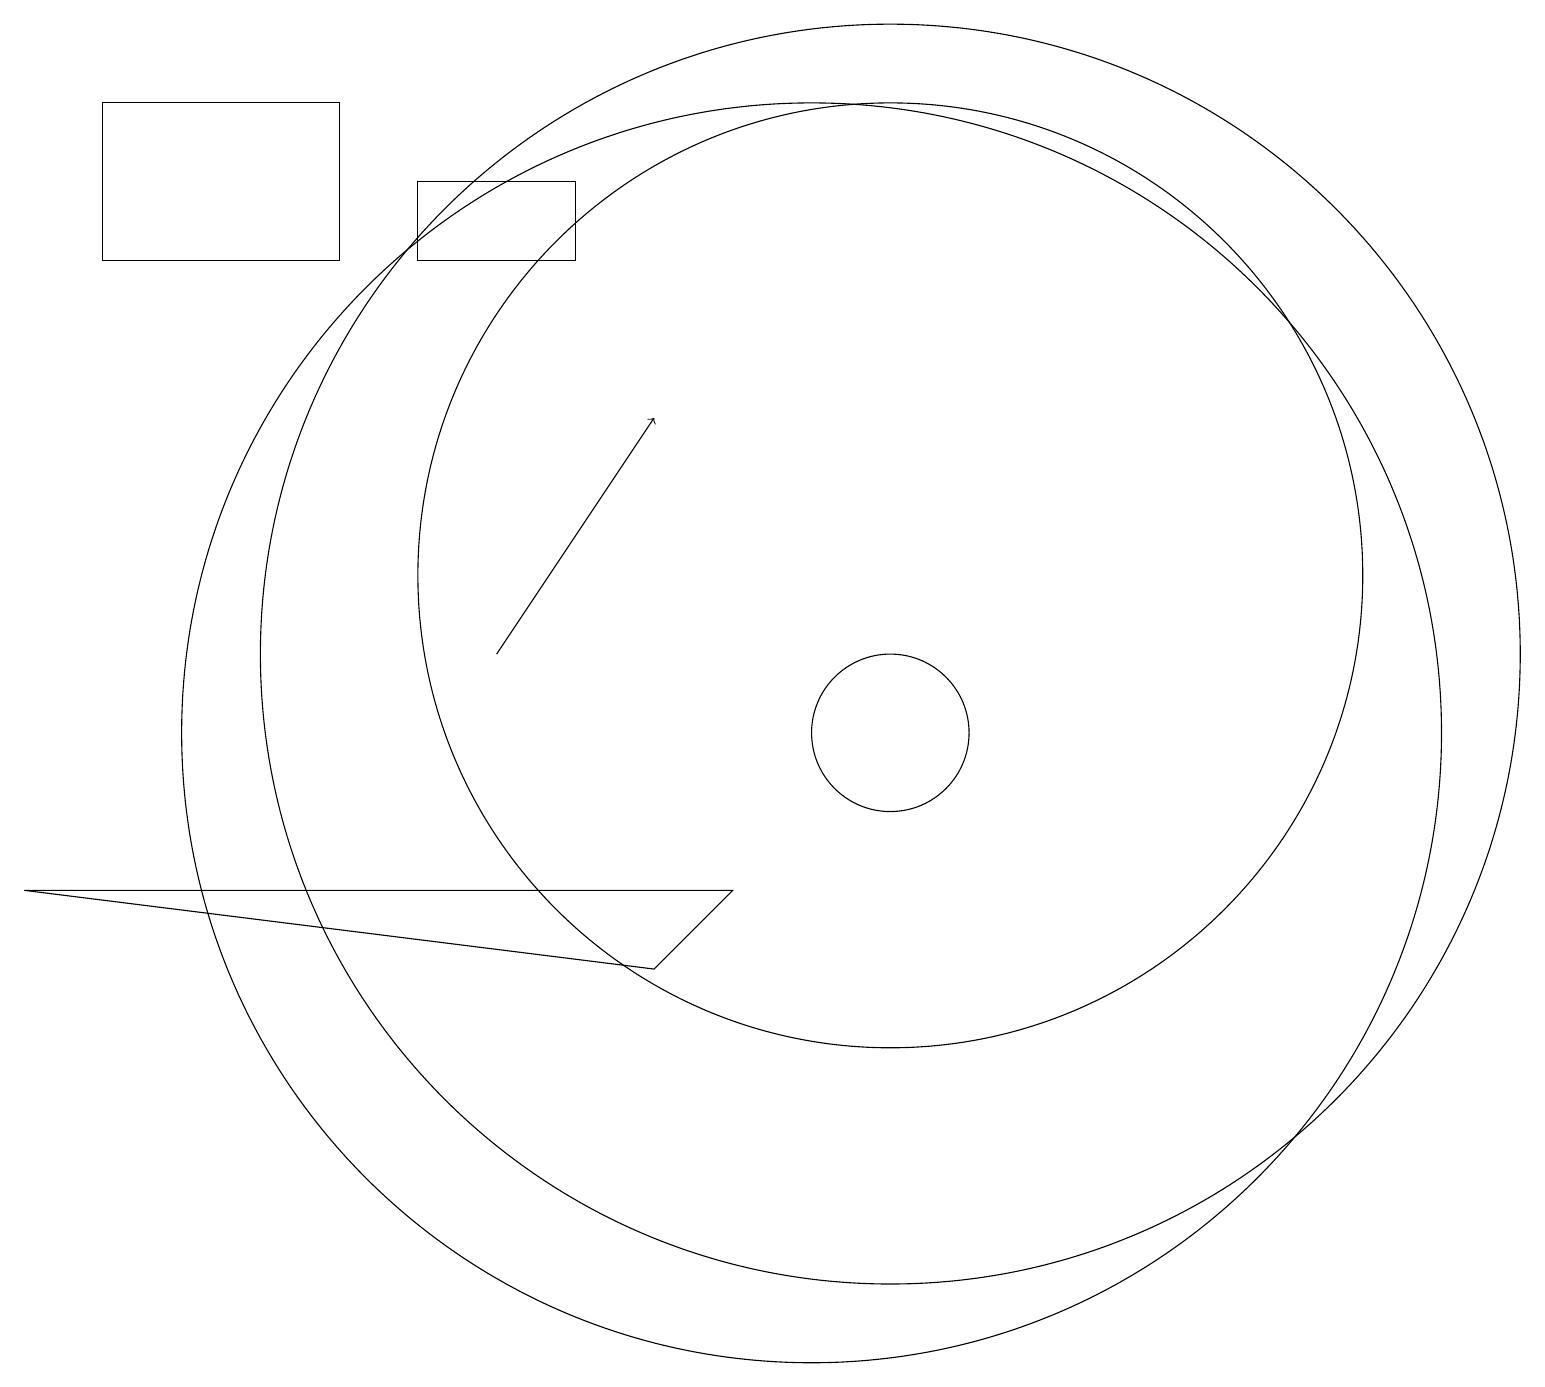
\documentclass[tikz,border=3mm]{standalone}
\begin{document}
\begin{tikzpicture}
\draw (10,10) circle (8);
\draw (11,11) circle (8);
\draw (11,10) circle (1);
\draw[->] (6,11) -- (8,14);
\draw (5,16) rectangle (7,17);
\draw (11,12) circle (6);
\draw (9,8) -- (8,7) -- (0,8) -- cycle;
\draw (1,16) rectangle (4,18);
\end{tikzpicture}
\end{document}